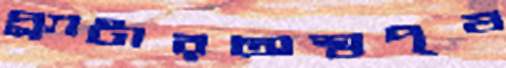
প্ল্যাটারঅশ্বপৃষ